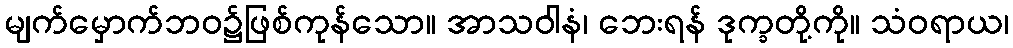
မျက်မှောက်ဘဝ၌ဖြစ်ကုန်သော။ အာသဝါနံ၊ ဘေးရန် ဒုက္ခတို့ကို။ သံဝရာယ၊